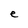
Character: e